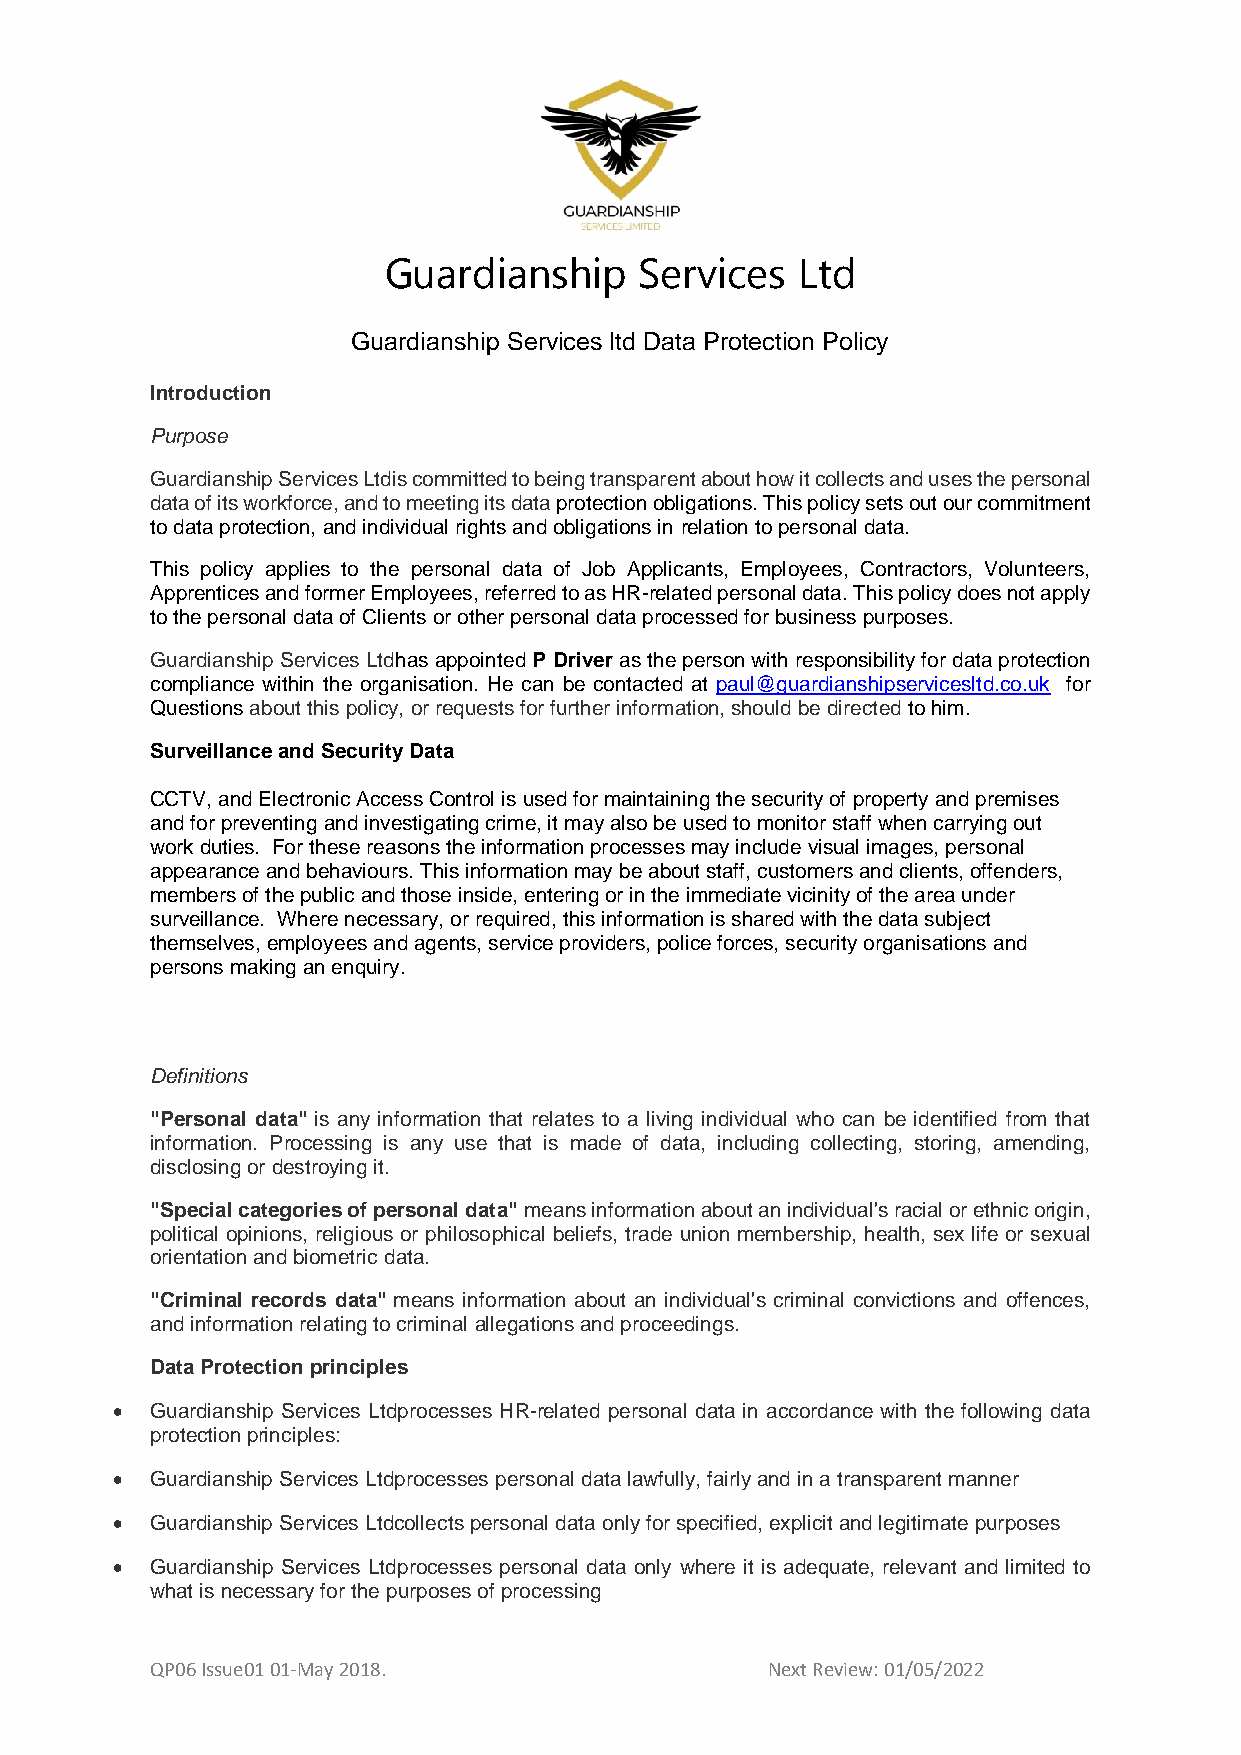
Guardianship     Services   Ltd
 Guardianship Services ltd Data Protection Policy
 Introduction
 Purpose
 Guardianship Services Ltdis committed to being transparent about how it collects and uses the personal
 data of its workforce, and to meeting its data protection obligations. This policy sets out our commitment
 to data protection, and individual rights and obligations in relation to personal data.
 This policy applies to the personal data of Job Applicants, Employees, Contractors, Volunteers,
 Apprentices and former Employees, referred to as HR-related personal data. This policy does not apply
 to the personal data of Clients or other personal data processed for business purposes.
 Guardianship Services Ltdhas appointed P Driver as the person with responsibility for data protection
 compliance within the organisation. He can be contacted at paul@guardianshipservicesltd.co.uk for
 Questions about this policy, or requests for further information, should be directed to him.
 Surveillance and Security Data
 CCTV, and Electronic Access Control is used for maintaining the security of property and premises
 and for preventing and investigating crime, it may also be used to monitor staff when carrying out
 work duties. For these reasons the information processes may include visual images, personal
 appearance and behaviours. This information may be about staff, customers and clients, offenders,
 members of the public and those inside, entering or in the immediate vicinity of the area under
 surveillance. Where necessary, or required, this information is shared with the data subject
 themselves, employees and agents, service providers, police forces, security organisations and
 persons making an enquiry.
 Definitions
 "Personal data" is any information that relates to a living individual who can be identified from that
 information. Processing is any use that is made of data, including collecting, storing, amending,
 disclosing or destroying it.
 "Special categories of personal data" means information about an individual's racial or ethnic origin,
 political opinions, religious or philosophical beliefs, trade union membership, health, sex life or sexual
 orientation and biometric data.
 "Criminal records data" means information about an individual's criminal convictions and offences,
 and information relating to criminal allegations and proceedings.
 Data Protection principles
 •  Guardianship Services Ltdprocesses HR-related personal data in accordance with the following data
 protection principles:
 •  Guardianship Services Ltdprocesses personal data lawfully, fairly and in a transparent manner
 •  Guardianship Services Ltdcollects personal data only for specified, explicit and legitimate purposes
 •  Guardianship Services Ltdprocesses personal data only where it is adequate, relevant and limited to
 what is necessary for the purposes of processing
 QP06 Issue01 01-May 2018.                Next Review: 01/05/2022